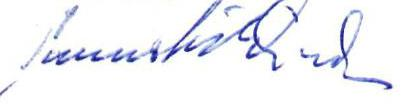
Tauno Nikkinen?